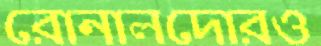
রোনালদোরও